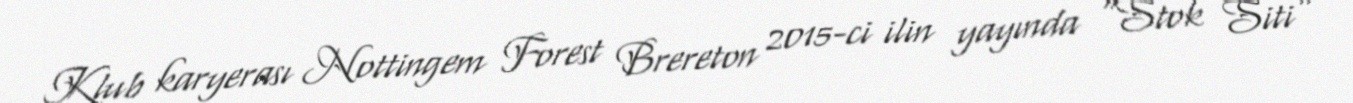
Klub karyerası Nottingem Forest Brereton 2015-ci ilin yayında "Stok Siti"